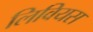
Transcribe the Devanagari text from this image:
लिवियस